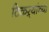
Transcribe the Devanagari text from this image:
ठिकऱ्यांच्या